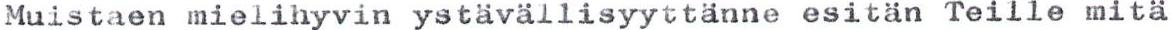
Muistaen mielihyvin ystävällisyyttänne esitän Teille mitä